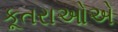
કૂતરાઓએ